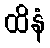
ထိနံ